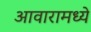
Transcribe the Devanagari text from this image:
आवारामध्ये